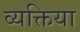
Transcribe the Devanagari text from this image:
व्यक्तिया